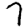
Digit: 7